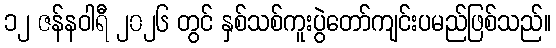
၁၂ ဇန်နဝါရီ ၂၀၂၆ တွင် နှစ်သစ်ကူးပွဲတော်ကျင်းပမည်ဖြစ်သည်။